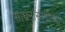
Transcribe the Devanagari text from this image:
साधनांसाठीच्या